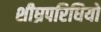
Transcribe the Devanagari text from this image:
शीघ्रपरिधियों